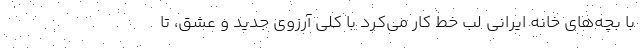
با بچه‌های خانه ایرانی لب خط کار می‌کرد با کلی آرزوی جدید و عشق، تا